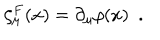
\zeta _ { \mu } ^ { F } ( x ) = \partial _ { \mu } \rho ( x ) ~ ~ .